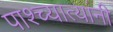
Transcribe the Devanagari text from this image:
पाश्च्यात्यांनी